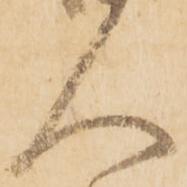
人